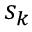
\ensuremath { s } _ { k }